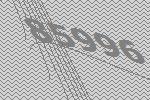
85996